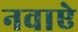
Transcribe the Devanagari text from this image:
नवाऐ